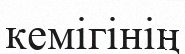
кемігінің